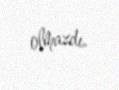
olmazdı.